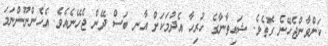
ކަންވާންޖެހޭނެ ގޮތެވެ. ޝައިތާނާގެ ހުރިހާ އެދުމަކަށް އާނ ބަސް ދޭން ޖެހޭނެއެވެ. އެހެންނޫންނަމަ